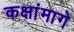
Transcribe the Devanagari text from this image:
कक्षांमागे